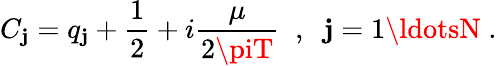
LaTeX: C_{\mathbf{j}}=q_{\mathbf{j}}+\frac{{1}}{{2}}+i\frac{\mu}{{2\piT}}\; \; ,\; \; \mathbf{j}=1\ldotsN\; .